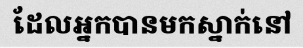
ដែលអ្នកបានមកស្នាក់នៅ